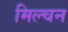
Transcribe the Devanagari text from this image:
मिल्चन